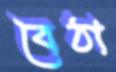
বৈঠা